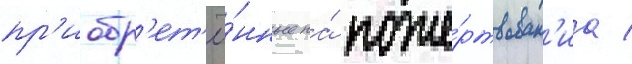
пр'иобр'ет'ё́нные на́ поже́ртвован'иа /